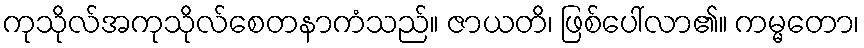
ကုသိုလ်အကုသိုလ်စေတနာကံသည်။ ဇာယတိ၊ ဖြစ်ပေါ်လာ၏။ ကမ္မတော၊